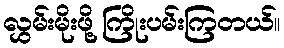
လွှမ်းမိုးဖို့ ကြိုးပမ်းကြတယ်။